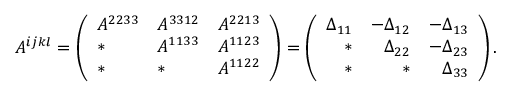
A ^ { i j k l } = \left( \begin{array} { l l l } { A ^ { 2 2 3 3 } } & { A ^ { 3 3 1 2 } } & { A ^ { 2 2 1 3 } } \\ { * } & { A ^ { 1 1 3 3 } } & { A ^ { 1 1 2 3 } } \\ { * } & { * } & { A ^ { 1 1 2 2 } } \end{array} \right) = \left( \begin{array} { r r r } { \Delta _ { 1 1 } } & { - \Delta _ { 1 2 } } & { - \Delta _ { 1 3 } } \\ { * } & { \Delta _ { 2 2 } } & { - \Delta _ { 2 3 } } \\ { * } & { * } & { \Delta _ { 3 3 } } \end{array} \right) .